Annual report on the Civil Veterinary Department, Burma (including the Insein Veterinary School) - 1923-1931
Year: 1923
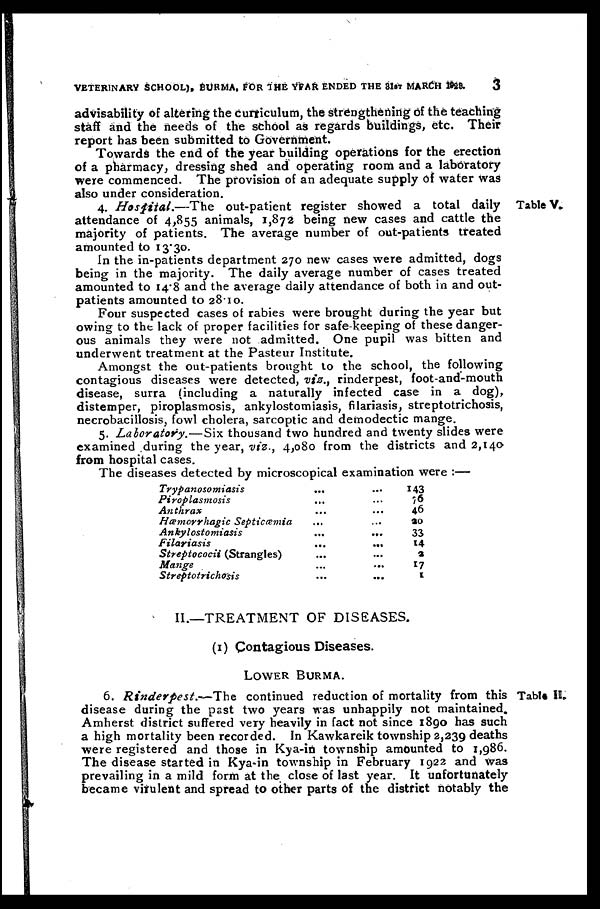
VETERINARY SCHOOL), BURMA, FOR THE YEAR ENDED THE 31ST MARCH 1829.
3
advisability of altering the curriculum, the strengthening of the teaching
staff and the needs of the school as regards buildings, etc. Their
report has been submitted to Government.
Towards the end of the year building operations for the erection
of a pharmacy, dressing shed and operating room and a laboratory
were commenced. The provision of an adequate supply of water was
also under consideration.
Table V.
4. Hospital.—The
out-patient register showed a total daily
attendance of 4,855 animals, 1,872 being new cases and cattle the
majority of patients. The average number of out-patients treated
amounted to 13.30.
In the in-patients department 270 new cases were admitted, dogs
being in the majority. The daily average number of cases treated
amounted to 14.8 and the average daily attendance of both in and out-
patients amounted to 28.10.
Four suspected cases of rabies were brought during the year but
owing to the lack of proper facilities for safe-keeping of these danger-
ous animals they were not admitted. One pupil was bitten and
underwent treatment at the Pasteur Institute.
Amongst the out-patients brought to the school, the following
contagious diseases were detected, viz., rinderpest, foot-and-mouth
disease, surra (including a naturally infected case in a dog),
distemper, piroplasmosis, ankylostomiasis, filariasis, streptotrichosis,
necrobacillosis, fowl cholera, sarcoptic and demodectic mange.
5. Laboratory.—Six thousand two hundred and twenty slides were
examined during the year, viz., 4,080 from the districts and 2,140
from hospital cases.
The diseases detected by microscopical examination were :—
Trypanosomiasis
Piroplasmosis
Anthrax
Hæmorrhagic Septicæmia
Ankylostomiasis
Filariasis
Streptococii (Strangles)
Mange
Streptotrichosis
...
...
...
...
...
...
...
...
...
...
...
...
...
...
...
...
...
...
143
76
46
20
33
14
3
17
1
II.—TREATMENT OF DISEASES.
(1) Contagious Diseases.
LOWER BURMA.
Table II.
6. Rinderpest.—The
continued reduction of mortality from this
disease during the past two years was unhappily not maintained.
Amherst district suffered very heavily in fact not since 1890 has such
a high mortality been recorded. In Kawkareik township 2,239 deaths
were registered and those in Kya-in township amounted to 1,986.
The disease started in Kya-in township in February 1922 and was
prevailing in a mild form at the close of last year. It unfortunately
became virulent and spread to other parts of the district notably the